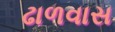
ઢાળવાસ